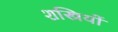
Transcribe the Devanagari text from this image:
शस्त्रियों